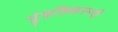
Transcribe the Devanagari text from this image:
पुंडलिकरूपी